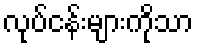
လုပ်ငန်းများကိုသာ